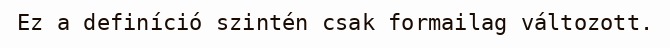
Ez a definíció szintén csak formailag változott.